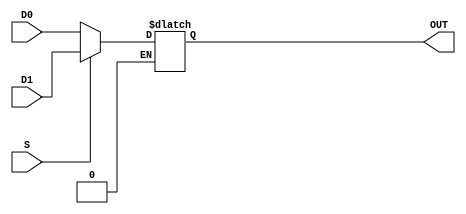
module MUX2to1(D1,D0,OUT,S);
input [3:0] D1,D0;
input S;
output [3:0] OUT;
reg [3:0] OUT;

always @(D1 or D0 or S) begin
	if( S == 1'b0 )
		OUT = D0;
	else if( S == 1'b1 )
		OUT = D1;
end
endmodule